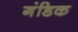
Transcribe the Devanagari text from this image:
गंडिक